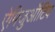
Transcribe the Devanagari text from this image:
ऐपिजुऑटिव